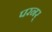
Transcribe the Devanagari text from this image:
परनर्